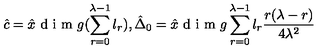
\hat { c } = \hat { x } \textup { d i m } g ( \sum _ { r = 0 } ^ { \lambda - 1 } l _ { r } ) , \hat { \Delta } _ { 0 } = \hat { x } \textup { d i m } g \sum _ { r = 0 } ^ { \lambda - 1 } l _ { r } \frac { r ( \lambda - r ) } { 4 \lambda ^ { 2 } }